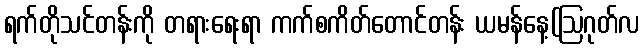
ရက်တိုသင်တန်းကို တရားရေးရာ ကက်စကိတ်တောင်တန်း ယမန်နေ့(ဩဂုတ်လ